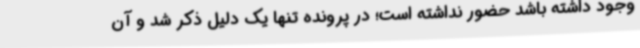
وجود داشته باشد حضور نداشته است؛ در پرونده تنها یک دلیل ذکر شد و آن